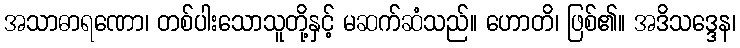
အသာဓာရဏော၊ တစ်ပါးသောသူတို့နှင့် မဆက်ဆံသည်။ ဟောတိ၊ ဖြစ်၏။ အဒိသဒ္ဒေန၊